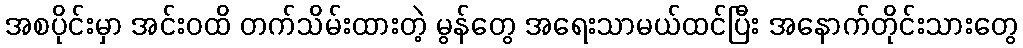
အစပိုင်းမှာ အင်းဝထိ တက်သိမ်းထားတဲ့ မွန်တွေ အရေးသာမယ်ထင်ပြီး အနောက်တိုင်းသားတွေ